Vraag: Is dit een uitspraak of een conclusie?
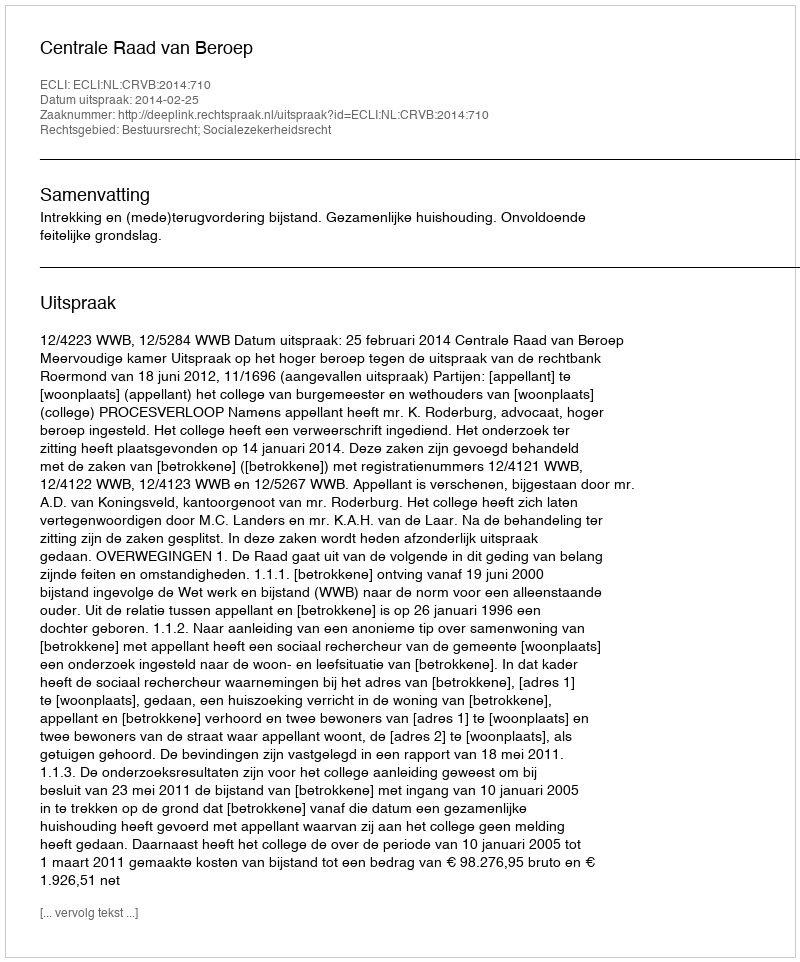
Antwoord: Uitspraak